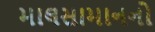
માલસામાનનો